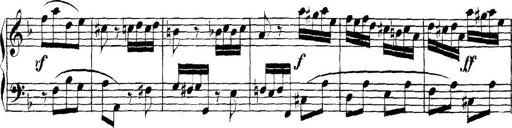
Title: Collected Piano Sonatas
Composer: Muzio Clementi